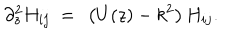
\partial _ { z } ^ { 2 } H _ { i j } \ = \ \left( U ( z ) - k ^ { 2 } \right) H _ { i j } .